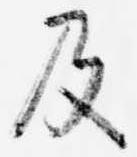
及